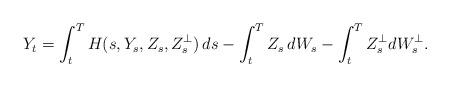
LaTeX: \begin{align*} Y_t = \int_t^T H(s, Y_s, Z_s, Z^\bot_s) \, ds - \int_t^T Z_s \, d W_s - \int_t^T Z^\bot_s dW^\bot_s.\end{align*}